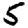
Digit: 5